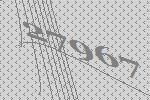
27967